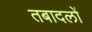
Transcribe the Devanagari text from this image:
तबादलों